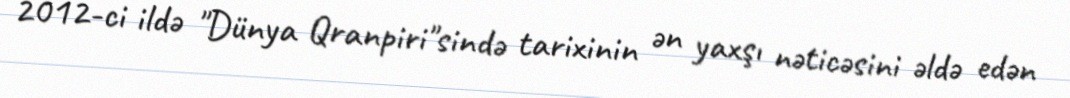
2012-ci ildə "Dünya Qranpiri"sində tarixinin ən yaxşı nəticəsini əldə edən